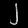
Digit: ၂